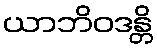
ယာဘိဝဒန္တိ